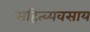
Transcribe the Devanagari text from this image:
सहित्व्यवसाय